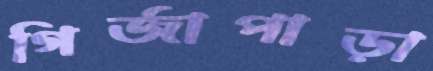
গির্জাপাড়া